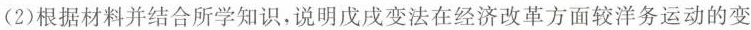
(2)根据材料并结合所学知识，说明戊戌变法在经济改革方面较洋务运动的变